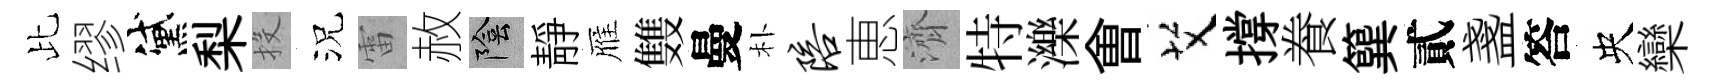
比缪黛梨投況雷赦陰靜雁䨇曼朴陪恵濟特濼㑹艾撐飬簨貳盞答央欒